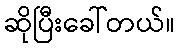
ဆိုပြီးခေါ်တယ်။